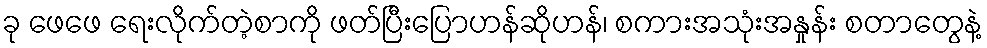
ခု ဖေဖေ ရေးလိုက်တဲ့စာကို ဖတ်ပြီးပြောဟန်ဆိုဟန်၊ စကားအသုံးအနှုန်း စတာတွေနဲ့